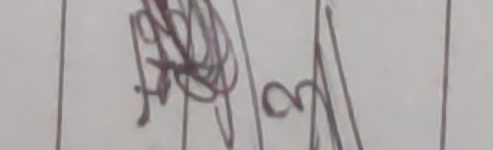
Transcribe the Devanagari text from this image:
अम